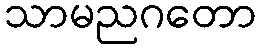
သာမညဂတော